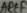
Text: ARtf